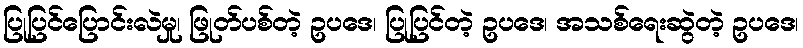
ပြုပြင်ပြောင်းလဲမှု၊ ဖြုတ်ပစ်တဲ့ ဥပဒေ၊ ပြုပြင်တဲ့ ဥပဒေ၊ အသစ်ရေးဆွဲတဲ့ ဥပဒေ၊